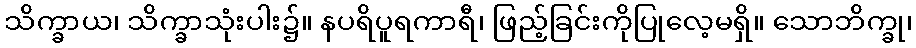
သိက္ခာယ၊ သိက္ခာသုံးပါး၌။ နပရိပူရကာရီ၊ ဖြည့်ခြင်းကိုပြုလေ့မရှိ။ သောဘိက္ခု၊